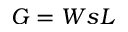
G = W s L